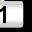
Digit: 1